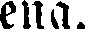
ena.